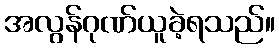
အလွန်ဂုဏ်ယူခဲ့ရသည်။